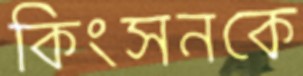
কিংসনকে